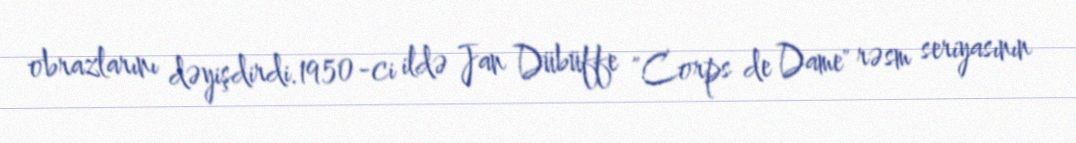
obrazlarını dəyişdirdi.1950-ci ildə Jan Dübüffe "Corps de Dame" rəsm seriyasının